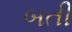
બતી